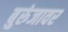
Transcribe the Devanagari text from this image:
बुरुंजावर